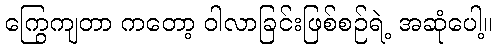
ကြွေကျတာ ကတော့ ဝါလာခြင်းဖြစ်စဉ်ရဲ့ အဆုံပေါ့။